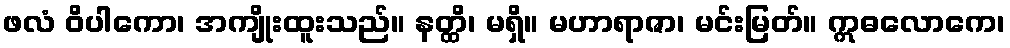
ဖလံ ဝိပါကော၊ အကျိုးထူးသည်။ နတ္ထိ၊ မရှိ။ မဟာရာဇာ၊ မင်းမြတ်။ ဣဓလောကေ၊